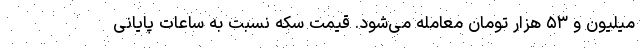
میلیون و ۵۳ هزار تومان معامله می‌شود. قیمت سکه نسبت به ساعات پایانی